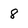
Character: 8